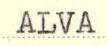
ALVA